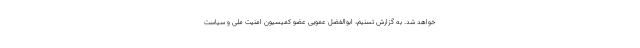
خواهد شد. به گزارش تسنیم، ابوالفضل عمویی عضو کمیسیون امنیت ملی و سیاست